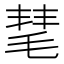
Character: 𣮝